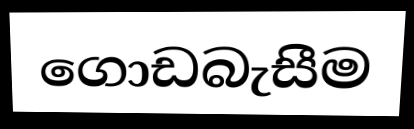
ගොඩබැසීම